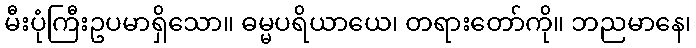
မီးပုံကြီးဥပမာရှိသော။ ဓမ္မပရိယာယေ၊ တရားတော်ကို။ ဘညမာနေ၊